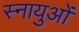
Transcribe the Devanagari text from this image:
स्‍नायुओं